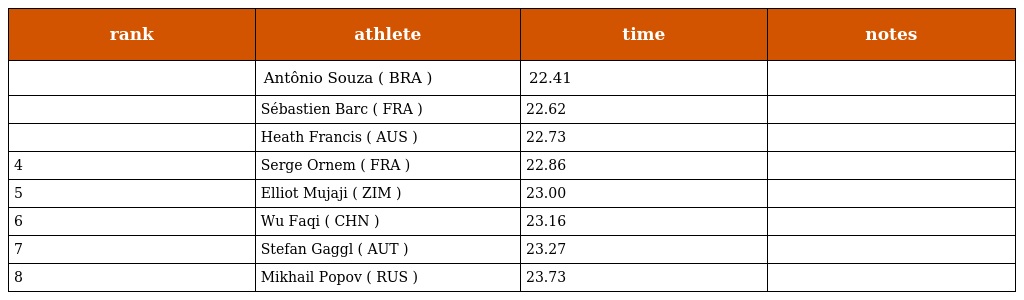
| rank | athlete | time | notes |
 | --- | --- | --- | --- |
 |  | Antônio Souza ( BRA ) | 22.41 |  |
 |  | Sébastien Barc ( FRA ) | 22.62 |  |
 |  | Heath Francis ( AUS ) | 22.73 |  |
 | 4 | Serge Ornem ( FRA ) | 22.86 |  |
 | 5 | Elliot Mujaji ( ZIM ) | 23.00 |  |
 | 6 | Wu Faqi ( CHN ) | 23.16 |  |
 | 7 | Stefan Gaggl ( AUT ) | 23.27 |  |
 | 8 | Mikhail Popov ( RUS ) | 23.73 |  |